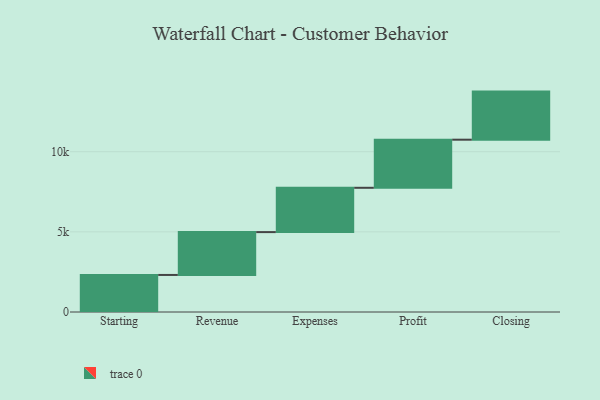
{"axis": {"x": "Step", "y": "Value"}, "legend": [""], "data": [{"x": "Starting", "y": 2311.0, "type": ""}, {"x": "Revenue", "y": 2673.0, "type": ""}, {"x": "Expenses", "y": 2764.0, "type": ""}, {"x": "Profit", "y": 3000, "type": ""}, {"x": "Closing", "y": 3000, "type": ""}]}